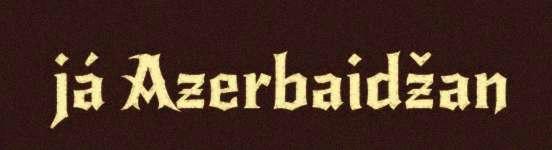
já Azerbaidžan